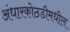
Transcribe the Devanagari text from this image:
अंधारकोठडीमधील